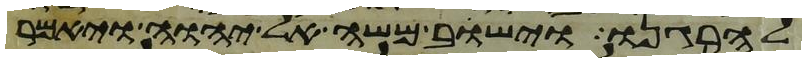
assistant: להרגנו וישב משה אל יהוה ויאמר